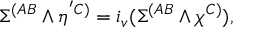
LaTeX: \Sigma ^ { ( A B } \wedge \eta ^ { ' C ) } = i _ { v } ( \Sigma ^ { ( A B } \wedge \chi ^ { C ) } ) ,